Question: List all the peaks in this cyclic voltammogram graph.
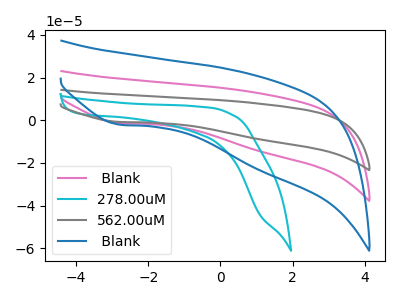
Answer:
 <answer>The pink curve " Blank" has a cathodic peak at: (-2.80V, -1.25uA). The cyan curve "278.00uM" has no peaks. The gray curve "562.00uM" has a cathodic peak at: (-2.80V, -2.45uA). The blue curve " Blank" has a cathodic peak at: (-2.80V, -2.00uA).</answer>
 <eval></eval>